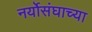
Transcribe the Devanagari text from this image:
नर्योसंघाच्या